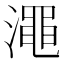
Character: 澠